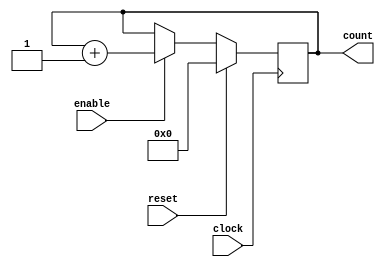
`timescale 1ns / 100ps
// Design Name : counter
// Function : This is a 4 bit up-counter with
// synchronous active high reset and enable
//-----------------------------------------------------

module counter (
clock,		// Clock input to the design
reset,		// active high, synchronous reset input
enable,		// Active high enable signal for counter
count			// 4 bit vector output of the counter
);				// End of port list

//-------------Input Ports-----------------------------
input clock;
input reset;
input enable;

//-------------Output Ports----------------------------
output [3:0] count;

//-------------Input Ports Data Type-------------------
// All the input ports should be wires
wire clock;
wire reset;
wire enable;

//-------------Output Ports Data Type------------------
// Output port can be a storage element (reg) or a wire
reg [3:0] count;

//-------------Main Body of the Module-----------------

		always @ (posedge clock) begin
		// At every rising edge of clock we check if reset is active
		// If active, we load the counter output with "0000"
				if (reset == 1'b1) begin
					count <= 4'b0;
				end
		// If enable is active, then we increment the counter
				else if (enable == 1'b1) begin
					count <= count + 1'b1;
				end
			end // End of Block

endmodule // End of Module counter